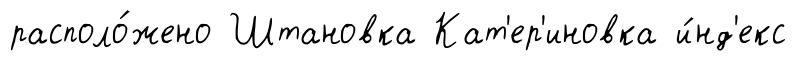
располо́жено Штановка Кат'ер'иновка и́нд'екс